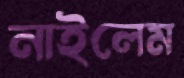
নাইলেম